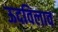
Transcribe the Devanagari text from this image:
ऊदविलाव